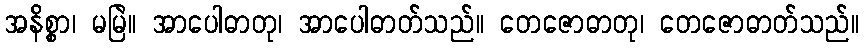
အနိစ္စာ၊ မမြဲ။ အာပေါဓာတု၊ အာပေါဓာတ်သည်။ တေဇောဓာတု၊ တေဇောဓာတ်သည်။